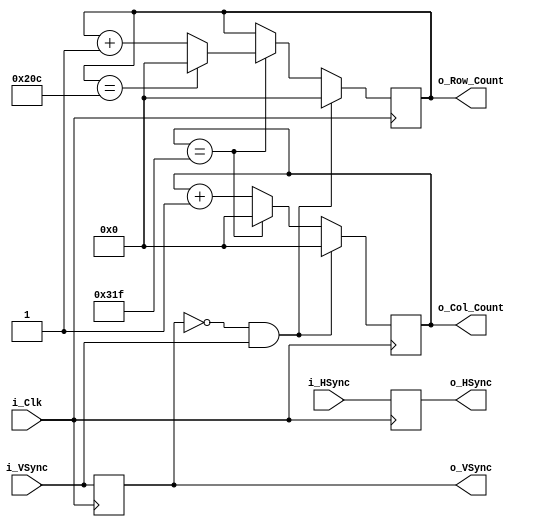
module Sync_To_Count
#(parameter TOTAL_COLS = 800,
  parameter TOTAL_ROWS = 525)
(input i_Clk,
 input i_HSync,
 input i_VSync,
 output reg o_HSync = 0,
 output reg o_VSync = 0,
 output reg [9:0] o_Col_Count = 0,
 output reg [9:0] o_Row_Count = 0);

wire w_Frame_Start;

// Register syncs to align with output data
always @(posedge i_Clk)
begin
    o_VSync <= i_VSync;
    o_HSync <= i_HSync;
end

// Keep track of Row/Column counter
always @(posedge i_Clk)
begin
    if(w_Frame_Start == 1'b1)
    begin
        o_Col_Count <= 0;
        o_Row_Count <= 0;
    end
    else
    begin
        if (o_Col_Count == TOTAL_COLS - 1)
        begin
            if (o_Row_Count == TOTAL_ROWS - 1)
            begin
                o_Row_Count <= 0;
            end
            else
            begin
                o_Row_Count <= o_Row_Count + 1;
            end
            o_Col_Count <= 0;
        end
        else
        begin
            o_Col_Count <= o_Col_Count + 1;
        end
    end
end

// Look for rising edge on Vertical Sync to reset the counters
assign w_Frame_Start = (~o_VSync & i_VSync);

endmodule